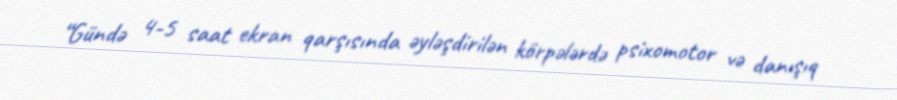
“Gündə 4-5 saat ekran qarşısında əyləşdirilən körpələrdə psixomotor və danışıq